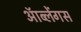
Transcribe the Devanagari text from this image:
ऑब्लेंगस